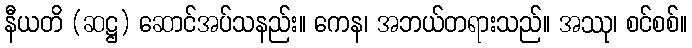
နီယတိ (ဆဋ္ဌ) ဆောင်အပ်သနည်း။ ကေန၊ အဘယ်တရားသည်။ အဿု၊ စင်စစ်။